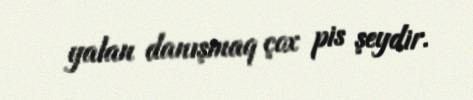
yalan danışmaq çox pis şeydir.